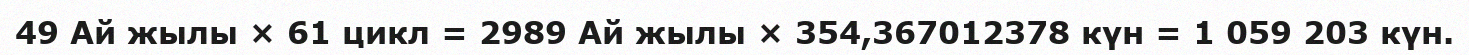
49 Ай жылы × 61 цикл = 2989 Ай жылы × 354,367012378 күн = 1 059 203 күн.